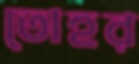
তোহর